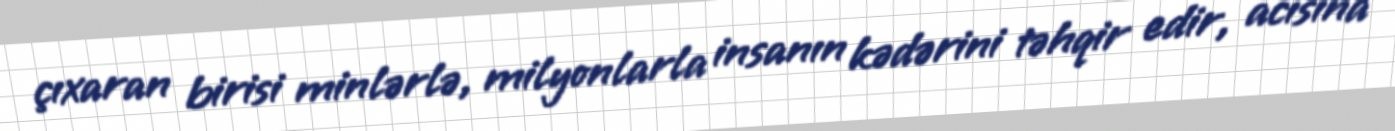
çıxaran birisi minlərlə, milyonlarla insanın kədərini təhqir edir, acısına